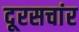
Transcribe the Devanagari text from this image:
दूरसचांर